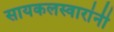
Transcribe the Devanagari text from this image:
सायकलस्वारांनी